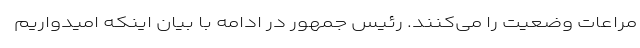
مراعات وضعیت را می‌کنند. رئیس جمهور در ادامه با بیان اینکه امیدواریم